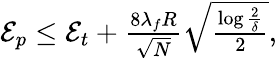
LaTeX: \begin{array}{r}{{\cal{E}}_{p}\le{\cal{E}}_{t}+\frac{8\lambda_{f}R}{\sqrt{N}}\sqrt{\frac{\log\frac{2}{\delta}}{2}},}\end{array}